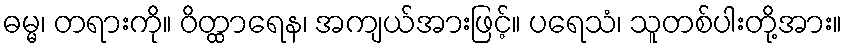
ဓမ္မ၊ တရားကို။ ဝိတ္ထာရေန၊ အကျယ်အားဖြင့်။ ပရေသံ၊ သူတစ်ပါးတို့အား။